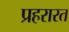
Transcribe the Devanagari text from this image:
प्रहरारत